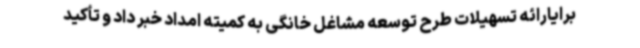
برایارائه تسهیلات طرح توسعه مشاغل خانگی به کمیته امداد خبر داد و تأکید